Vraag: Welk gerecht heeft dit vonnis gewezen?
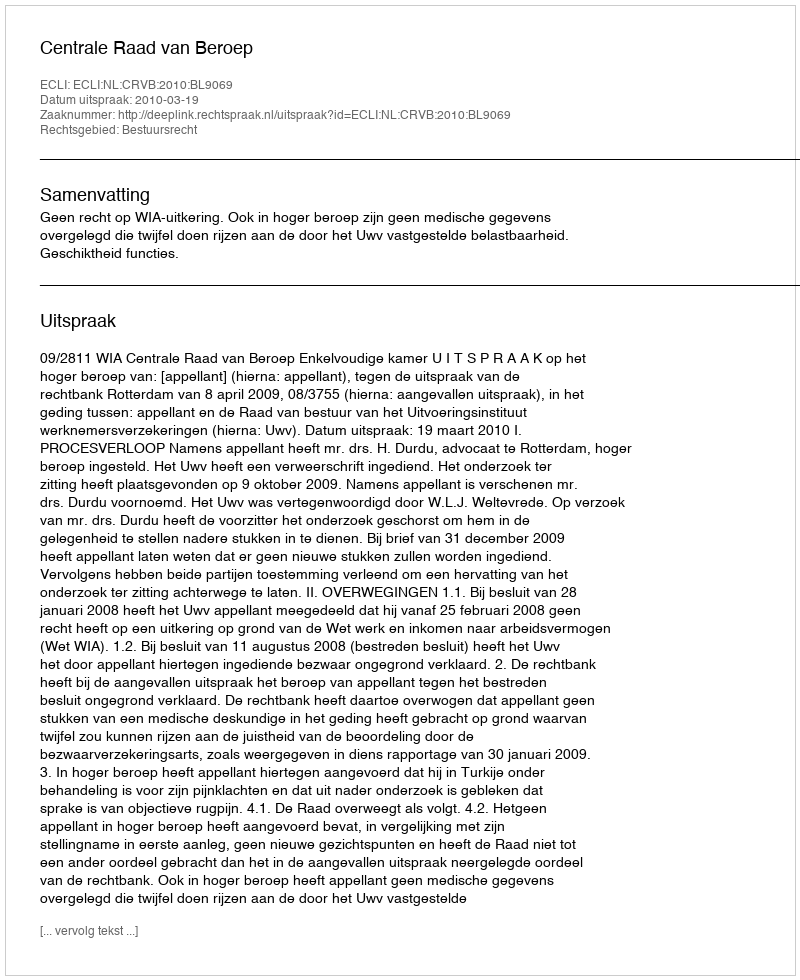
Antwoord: Centrale Raad van Beroep